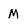
Character: M